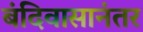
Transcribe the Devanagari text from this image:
बंदिवासानंतर